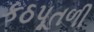
કઠપૂતળી